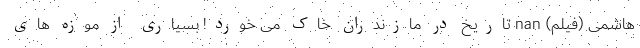
هاشمی (فیلم) nan تاریخ در مازندران خاک می خورد! بسیاری از موزه های